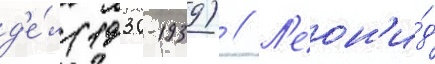
д'е́л (1930-1939) // Л'еон'и́д